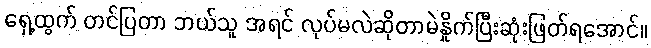
ရှေ့ထွက် တင်ပြတာ ဘယ်သူ အရင် လုပ်မလဲဆိုတာမဲနှိုက်ပြီးဆုံးဖြတ်ရအောင်။